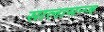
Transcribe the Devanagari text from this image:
सालामन्ज